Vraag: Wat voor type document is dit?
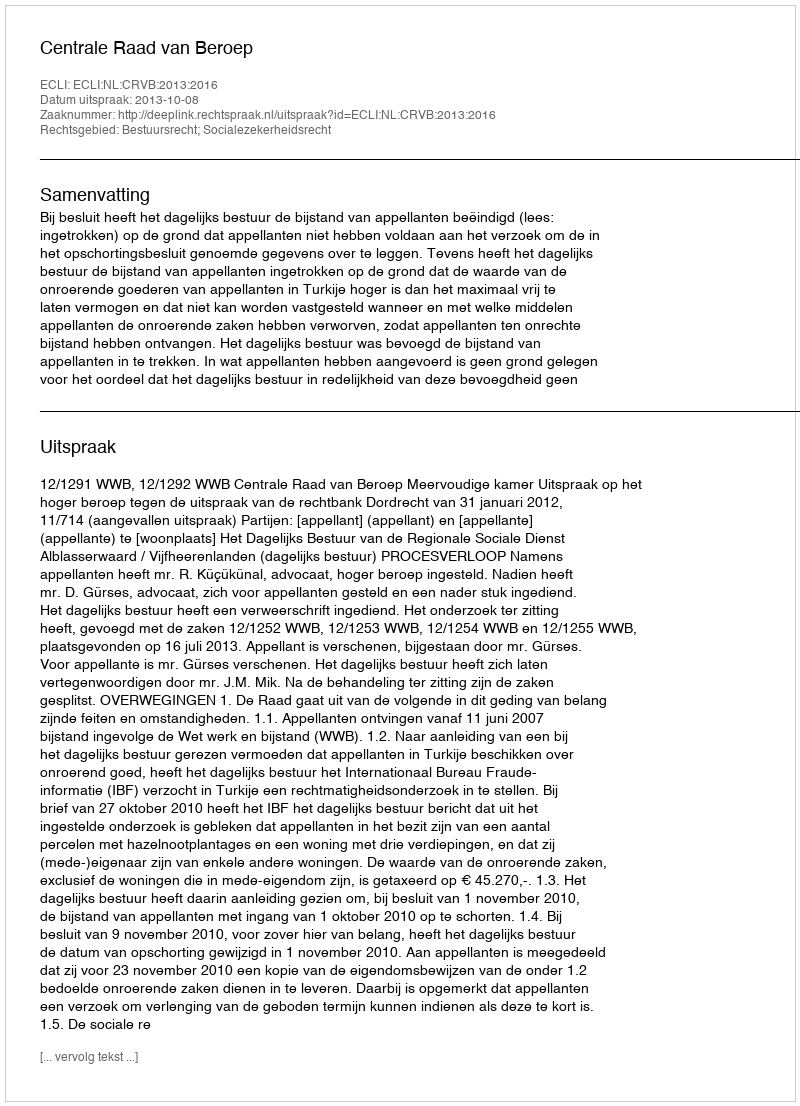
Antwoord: Uitspraak